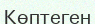
Көптеген